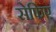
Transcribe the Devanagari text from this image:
सेफिए